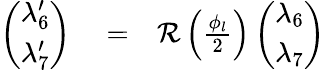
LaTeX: \begin{array}{rlr}{\left(\begin{array}{c}{\lambda_{6}^{\prime}}\\ {\lambda_{7}^{\prime}}\end{array}\right)}&{{}=}&{{\mathcal R}\left(\frac{\phi_{l}}{2}\right)\left(\begin{array}{c}{\lambda_{6}}\\ {\lambda_{7}}\end{array}\right)}\end{array}